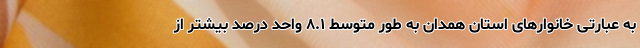
به عبارتی خانوارهای استان همدان به طور متوسط ٨.١ واحد درصد بیشتر از